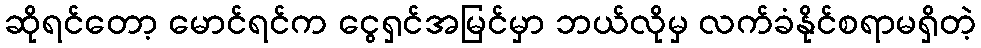
ဆိုရင်တော့ မောင်ရင်က ငွေရှင်အမြင်မှာ ဘယ်လိုမှ လက်ခံနိုင်စရာမရှိတဲ့